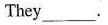
They___.